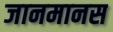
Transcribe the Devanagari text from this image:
जानमानस